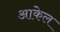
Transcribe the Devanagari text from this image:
आकेल